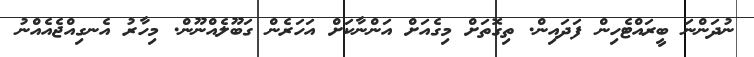
ނުދަންނަ ބީރައްޓެހިން ފަދައިން. ތިގޮތަށް މިގެއަށް އަންނާކަށް އަހަރެން ގަބޫލެއްނޫން. މިހާރު އެނގިއްޖެއެއްނު